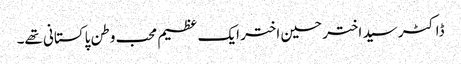
ڈاکٹر سید اختر حسین اختر ایک عظیم محب وطن پاکستانی تھے۔